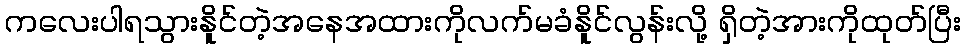
ကလေးပါရသွားနိူင်တဲ့အနေအထားကိုလက်မခံနိူင်လွန်းလို့ ရှိတဲ့အားကိုထုတ်ပြီး